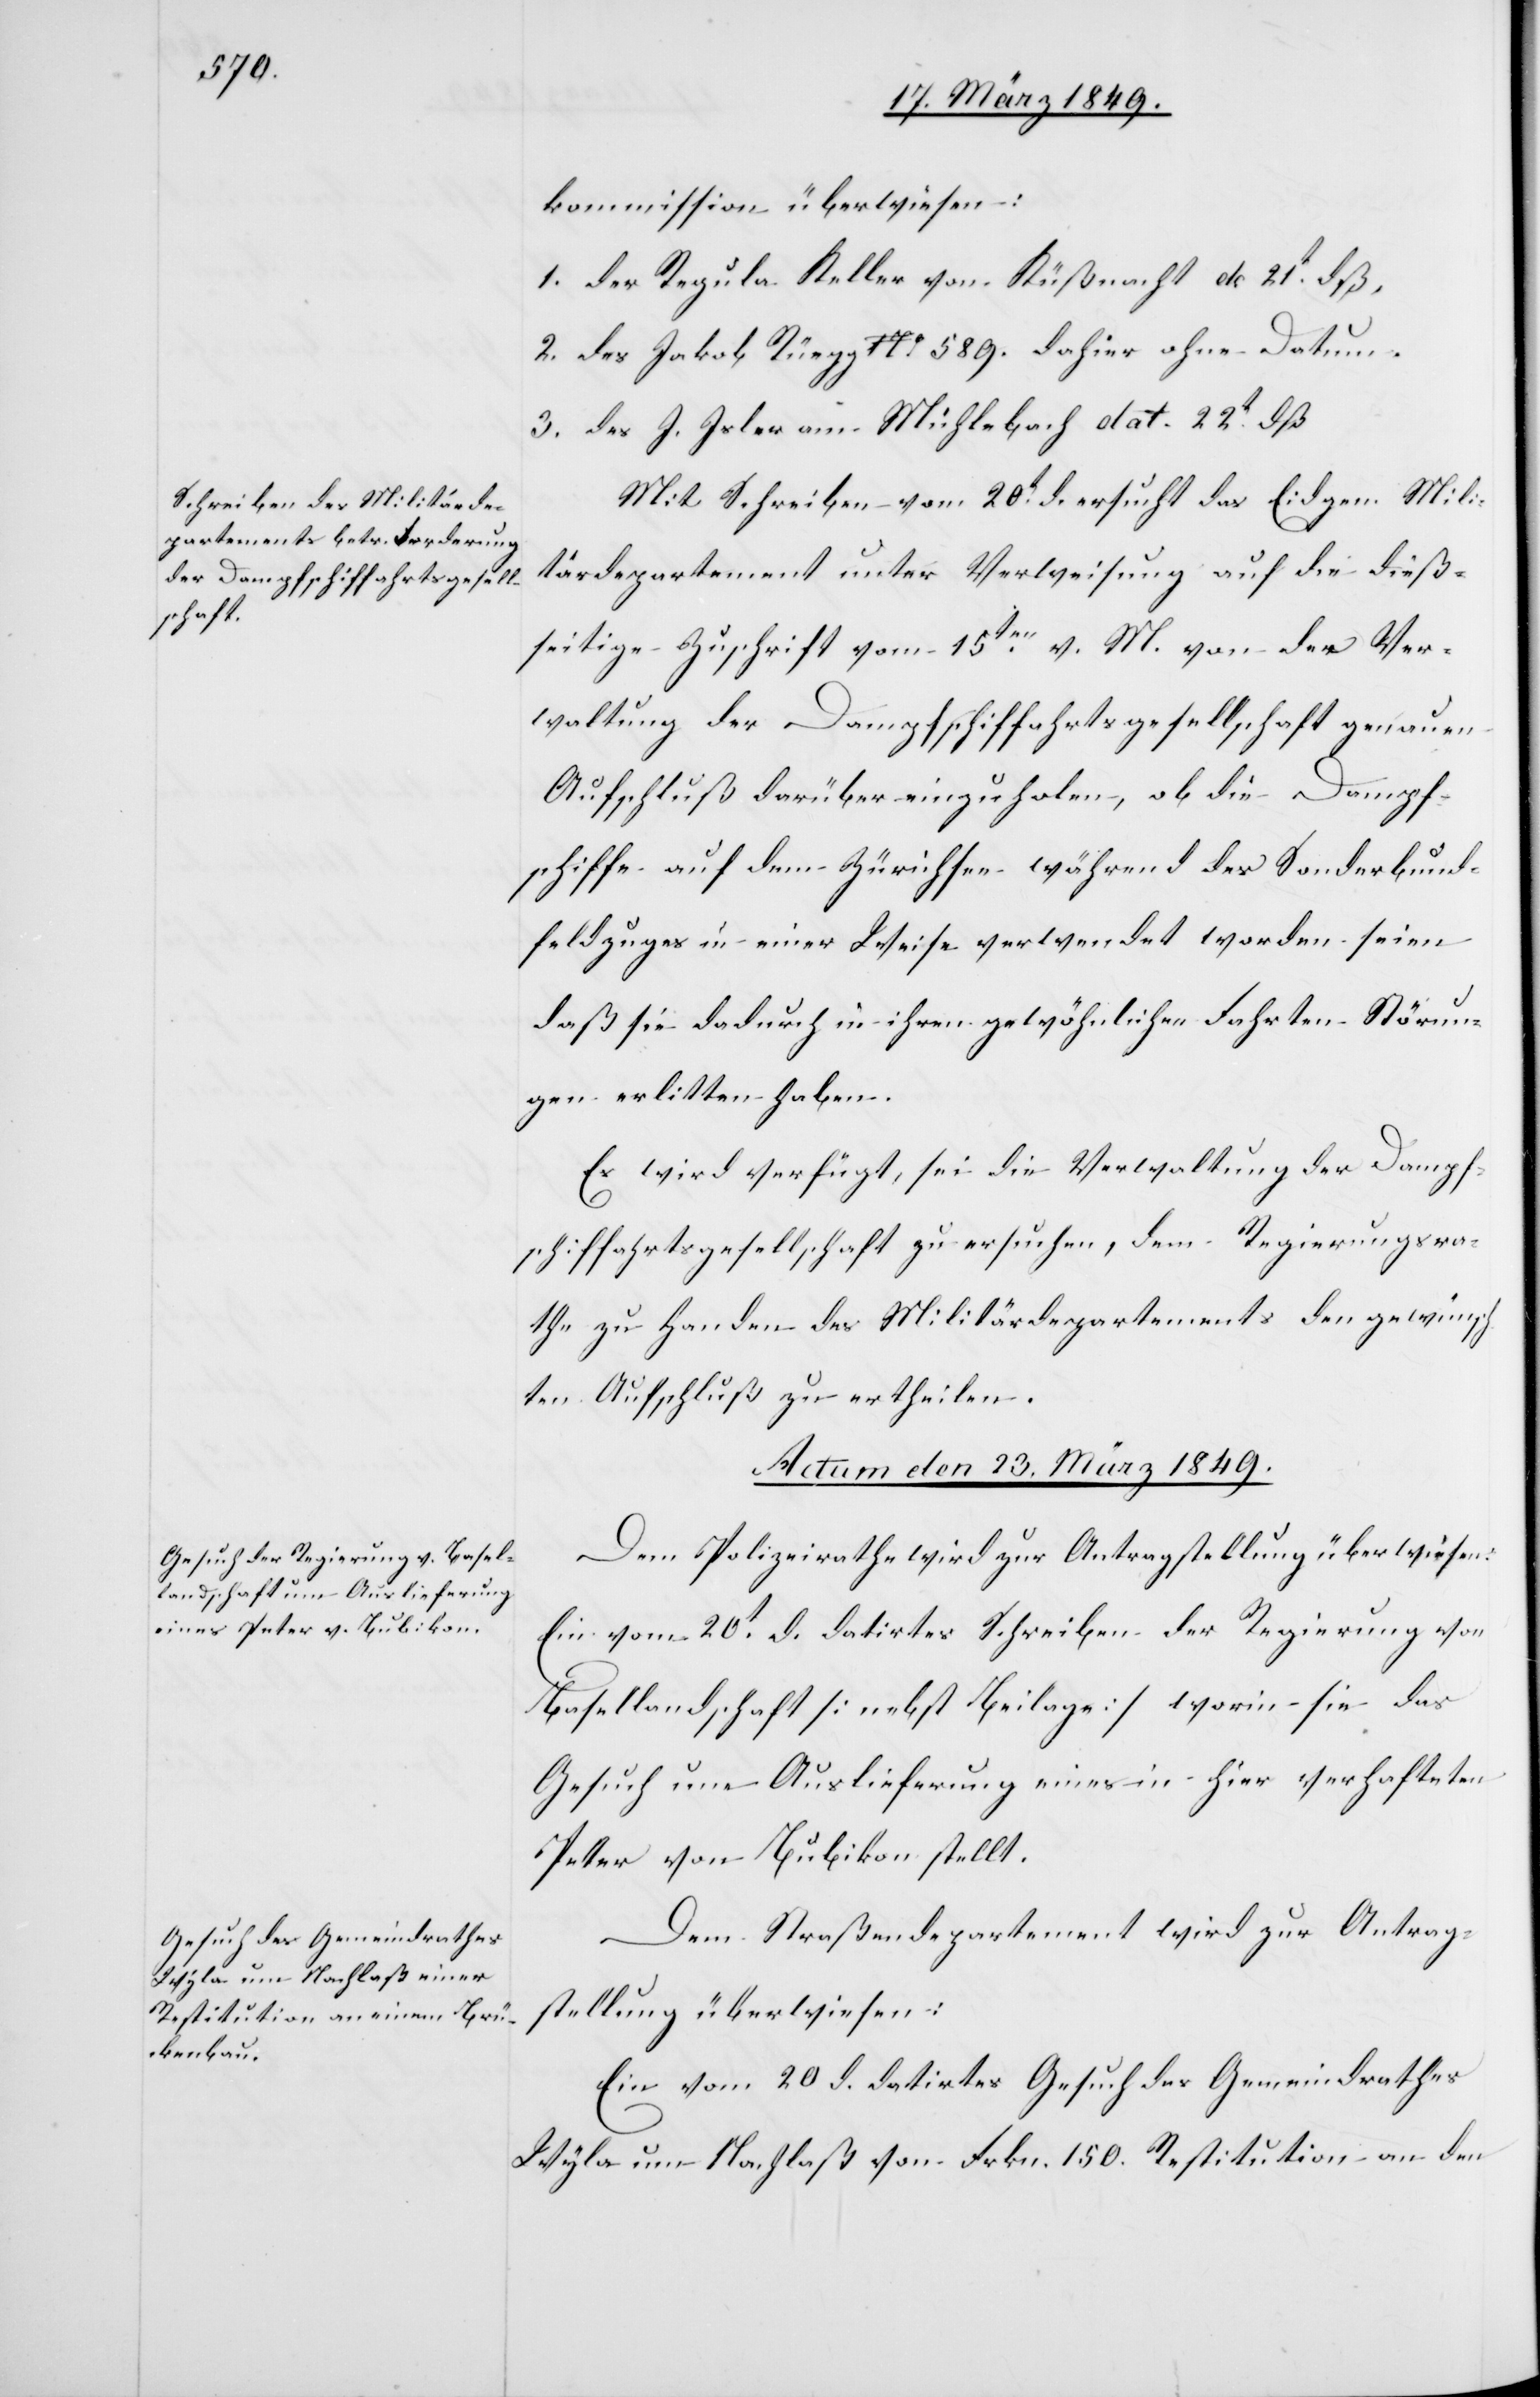
kommission überwiesen:
1. der Regula Keller von Küßnacht de 21t. dß.
2. des Jakob Rüegg [?] 589. dahier ohne Datum.
3. des J. Isler am Mühlebach dat. 22ten. dß[.]
Mit Schreiben vom 20t. d. ersucht das Eidgen. Mili¬
tärdepartement unter Verweisung auf die dieß¬
seitige Zuschrift vom 15ten. v. M. von der Ver¬
waltung der Dampfschiffahrtsgesellschaft genauen
Aufschluß darüber einzuholen, ob die Dampf¬
schiffe auf dem Zürichsee während des Sonderbund¬
feldzuges in einer Weise verwendet worden seien
daß sie dadurch in ihren gewöhnlichen Fahrten Störun¬
gen erlitten haben.
Es wird verfügt, sei die Verwaltung der Dampf¬
schiffahrtsgesellschaft zu ersuchen, dem Regierungsra¬
the zu Handen des Militärdepartements den gewünsc¬
hten Aufschluß zu ertheilen.
Actum den 23. März 1849.]
Dem Polizeirathe wird zur Antragstellung überwiesen:
Ein vom 20t. d. datirtes Schreiben der Regierung von
Basellandschaft [nebst Beilage] worin sie das
Gesuch um Auslieferung eines in hier verhafteten
Peter von Bubikon stellt.
Dem Straßendepartement wird zur Antrag¬
stellung überwiesen:
Ein vom 20 d. datirtes Gesuch des Gemeindrathes
Wyla um Nachlaß von Frkn. 150. Restitution an den